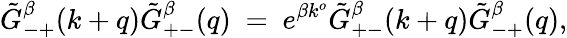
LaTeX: \tilde{G}_{-+}^{\beta}(k+q)\tilde{G}_{+-}^{\beta}(q)\ =\ e^{\beta k^{o}}\tilde{G}_{+-}^{\beta}(k+q)\tilde{G}_{-+}^{\beta}(q),